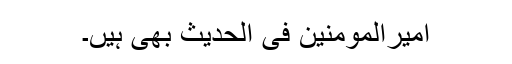
امیرالمومنین فی الحدیث بھی ہیں۔